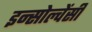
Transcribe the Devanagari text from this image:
इन्सोल्वेंसी